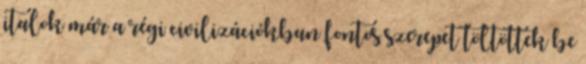
italok már a régi civilizációkban fontos szerepet töltöttek be